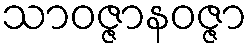
သာဝဇ္ဇာနဝဇ္ဇာ